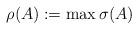
LaTeX: \begin{align*}\rho(A) := \max \sigma(A)\end{align*}